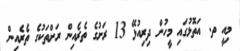
މިއީ ތ. އަތޮޅުގައި މީހުން ދިރިއުޅޭ 13 ރަށުގެ ތެރެއިން ރަށްތަކުގެ ތެރެއިން